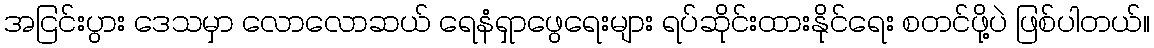
အငြင်းပွား ဒေသမှာ လောလောဆယ် ရေနံရှာဖွေရေးများ ရပ်ဆိုင်းထားနိုင်ရေး စတင်ဖို့ပဲ ဖြစ်ပါတယ်။